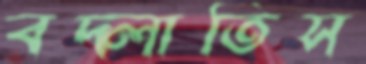
বদ্‌লাতিস